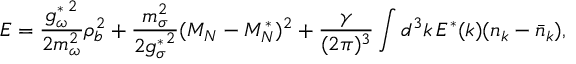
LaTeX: { \cal E } = \frac { { g _ { \omega } ^ { \ast } } ^ { 2 } } { 2 m _ { \omega } ^ { 2 } } \rho _ { b } ^ { 2 } + \frac { m _ { \sigma } ^ { 2 } } { 2 { g _ { \sigma } ^ { \ast } } ^ { 2 } } ( M _ { N } - M _ { N } ^ { \ast } ) ^ { 2 } + \frac { \gamma } { ( 2 \pi ) ^ { 3 } } \int d ^ { 3 } k \, E ^ { \ast } ( k ) ( n _ { k } - \bar { n } _ { k } ) ,